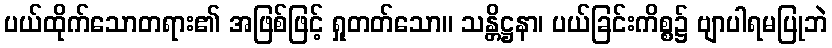
ပယ်ထိုက်သောတရား၏ အဖြစ်ဖြင့် ရှုတတ်သော။ သန္တိဋ္ဌနာ၊ ပယ်ခြင်းကိစ္စ၌ ဗျာပါရမပြုဘဲ